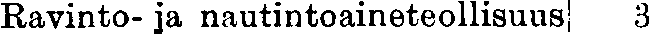
Ravinto- ja nautintoaineteollisuus 3